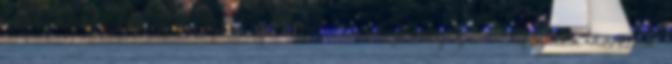
de legkésőbb 2014.december 31-ig. 12 Kérelmek feldolgozása Kifizetési kérelem